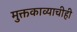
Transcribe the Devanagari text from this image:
मुक्तकाव्याचीही